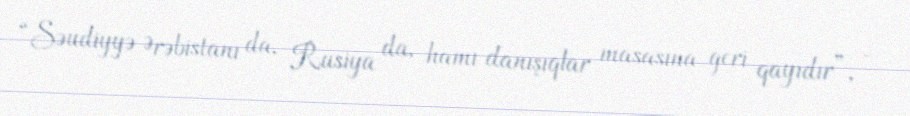
“Səudiyyə Ərəbistanı da, Rusiya da, hamı danışıqlar masasına geri qayıdır”, -